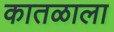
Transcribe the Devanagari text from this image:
कातळाला